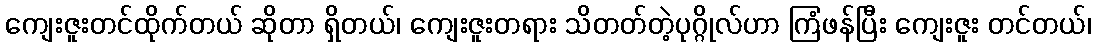
ကျေးဇူးတင်ထိုက်တယ် ဆိုတာ ရှိတယ်၊ ကျေးဇူးတရား သိတတ်တဲ့ပုဂ္ဂိုလ်ဟာ ကြံဖန်ပြီး ကျေးဇူး တင်တယ်၊